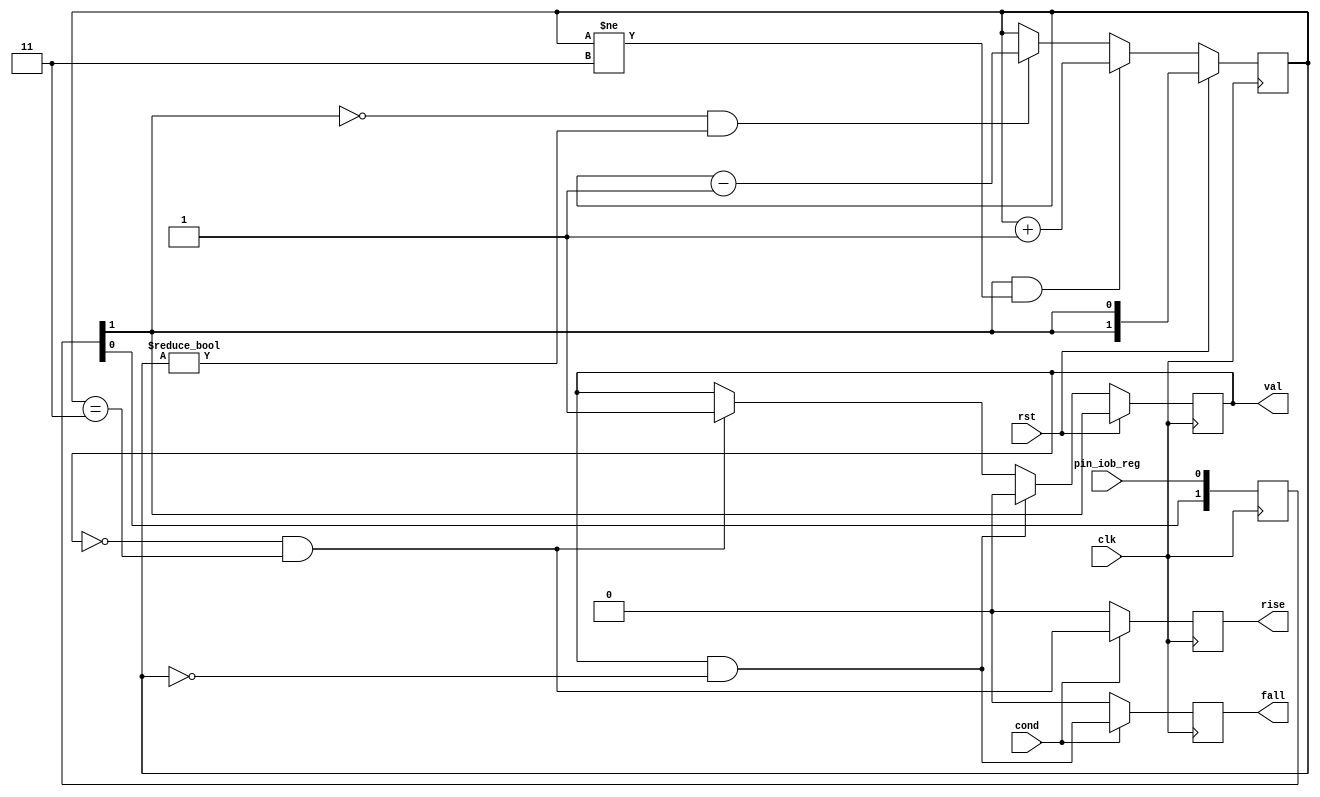
/*
 * glitch_filter.v
 *
 * vim: ts=4 sw=4
 *
 * Copyright (C) 2019  Sylvain Munaut <tnt@246tNt.com>
 * All rights reserved.
 *
 * BSD 3-clause, see LICENSE.bsd
 *
 * Redistribution and use in source and binary forms, with or without
 * modification, are permitted provided that the following conditions are met:
 *     * Redistributions of source code must retain the above copyright
 *       notice, this list of conditions and the following disclaimer.
 *     * Redistributions in binary form must reproduce the above copyright
 *       notice, this list of conditions and the following disclaimer in the
 *       documentation and/or other materials provided with the distribution.
 *     * Neither the name of the <organization> nor the
 *       names of its contributors may be used to endorse or promote products
 *       derived from this software without specific prior written permission.
 *
 * THIS SOFTWARE IS PROVIDED BY THE COPYRIGHT HOLDERS AND CONTRIBUTORS "AS IS" AND
 * ANY EXPRESS OR IMPLIED WARRANTIES, INCLUDING, BUT NOT LIMITED TO, THE IMPLIED
 * WARRANTIES OF MERCHANTABILITY AND FITNESS FOR A PARTICULAR PURPOSE ARE
 * DISCLAIMED. IN NO EVENT SHALL <COPYRIGHT HOLDER> BE LIABLE FOR ANY
 * DIRECT, INDIRECT, INCIDENTAL, SPECIAL, EXEMPLARY, OR CONSEQUENTIAL DAMAGES
 * (INCLUDING, BUT NOT LIMITED TO, PROCUREMENT OF SUBSTITUTE GOODS OR SERVICES;
 * LOSS OF USE, DATA, OR PROFITS; OR BUSINESS INTERRUPTION) HOWEVER CAUSED AND
 * ON ANY THEORY OF LIABILITY, WHETHER IN CONTRACT, STRICT LIABILITY, OR TORT
 * (INCLUDING NEGLIGENCE OR OTHERWISE) ARISING IN ANY WAY OUT OF THE USE OF THIS
 * SOFTWARE, EVEN IF ADVISED OF THE POSSIBILITY OF SUCH DAMAGE.
 */

`default_nettype none

module glitch_filter #(
	parameter integer L = 2
)(
	input wire  pin_iob_reg,
	input wire  cond,

	output wire val,
	output reg  rise,
	output reg  fall,

	input  wire clk,
	input  wire rst
);
	// Signals
	wire [L-1:0] all_zero;
	wire [L-1:0] all_one;
	wire [L-1:0] all_cur;

	reg [1:0] sync;
	reg state;
	reg [L-1:0] cnt;

	// Constants
	assign all_zero = { L{1'b0} };
	assign all_one  = { L{1'b1} };
	assign all_cur  = { L{sync[1]} };

	// Synchronizer
	always @(posedge clk)
		sync <= { sync[0], pin_iob_reg };

	// Filter
	always @(posedge clk)
		if (rst)
			cnt <= all_cur;
		else begin
			if (sync[1] & (cnt != all_one))
				cnt <= cnt + 1;
			else if (~sync[1] & (cnt != all_zero))
				cnt <= cnt - 1;
			else
				cnt <= cnt;
		end

	// State
	always @(posedge clk)
		if (rst)
			state <= sync[1];
		else begin
			if (state & cnt == all_zero)
				state <= 1'b0;
			else if (~state & cnt == all_one)
				state <= 1'b1;
			else
				state <= state;
		end

	assign val = state;

	// Rise / Fall detection
	always @(posedge clk)
	begin
		if (~cond) begin
			rise <= 1'b0;
			fall <= 1'b0;
		end else begin
			rise <= ~state & (cnt == all_one);
			fall <=  state & (cnt == all_zero);
		end
	end

endmodule // glitch_filter